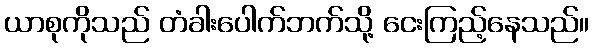
ယာစုကိုသည် တံခါးပေါက်ဘက်သို့ ငေးကြည့်နေသည်။